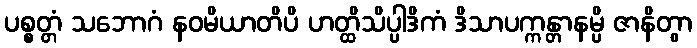
ပစ္စတ္တံ သဘောဂံ နဝမိယာတိပိ ဟတ္ထိသိပ္ပါဒိကံ ဒိသာပက္ကန္တာနမ္ပိ ဇာနိတွာ